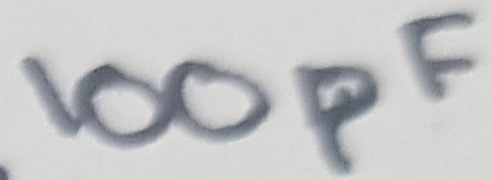
Text: 100pF